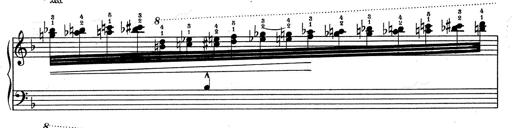
Title: RÃ©miniscences de Don Juan
Composer: Franz Liszt